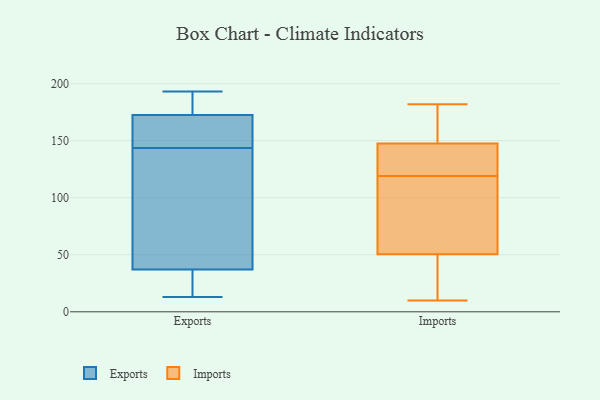
{"axis": {"x": "Headcount", "y": "Value"}, "legend": ["Exports", "Imports"], "data": [{"x": "", "y": 169, "type": "Exports"}, {"x": "", "y": 35, "type": "Exports"}, {"x": "", "y": 176, "type": "Exports"}, {"x": "", "y": 193, "type": "Exports"}, {"x": "", "y": 135, "type": "Exports"}, {"x": "", "y": 152, "type": "Exports"}, {"x": "", "y": 64, "type": "Exports"}, {"x": "", "y": 13, "type": "Exports"}, {"x": "", "y": 176, "type": "Exports"}, {"x": "", "y": 32, "type": "Exports"}, {"x": "", "y": 156, "type": "Exports"}, {"x": "", "y": 39, "type": "Exports"}, {"x": "", "y": 168, "type": "Imports"}, {"x": "", "y": 58, "type": "Imports"}, {"x": "", "y": 10, "type": "Imports"}, {"x": "", "y": 146, "type": "Imports"}, {"x": "", "y": 86, "type": "Imports"}, {"x": "", "y": 182, "type": "Imports"}, {"x": "", "y": 84, "type": "Imports"}, {"x": "", "y": 107, "type": "Imports"}, {"x": "", "y": 124, "type": "Imports"}, {"x": "", "y": 18, "type": "Imports"}, {"x": "", "y": 142, "type": "Imports"}, {"x": "", "y": 28, "type": "Imports"}, {"x": "", "y": 149, "type": "Imports"}, {"x": "", "y": 147, "type": "Imports"}, {"x": "", "y": 119, "type": "Imports"}, {"x": "", "y": 26, "type": "Imports"}, {"x": "", "y": 153, "type": "Imports"}]}